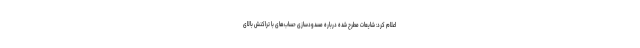
اعلام کرد: شایعات مطرح شده درباره مسدودسازی حساب‌های با تراکنش بالای